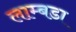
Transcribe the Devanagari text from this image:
लाम्बडा